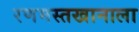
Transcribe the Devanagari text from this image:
रणमस्तखानाला